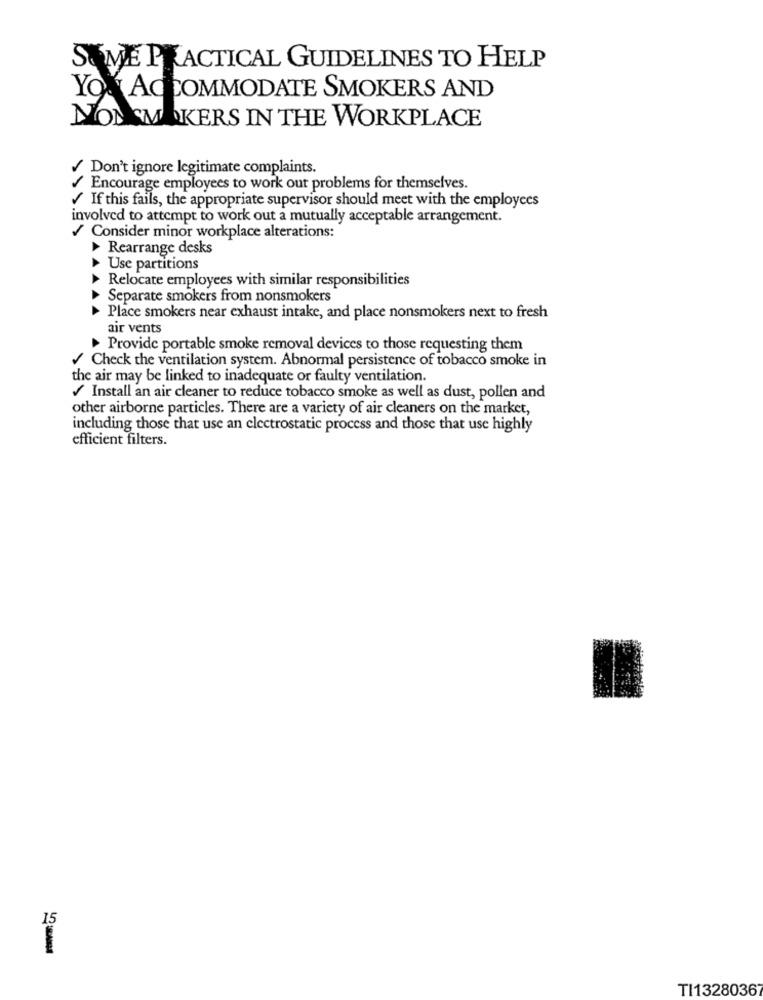
SOME PRACTICAL GUIDELINES TO HELP
YOU ACCOMMODATE SMOKERS AND
NONSMOKERS IN THE WORKPLACE
/ Don't ignore legitimate complaints.
/ Encourage employees to work out problems for themselves.
If this fails, the appropriate supervisor should meet with the employees
involved to attempt to work out a mutually acceptable arrangement.
/ Consider minor workplace alterations:
Rearrange desks
A
Use partitions
Relocate employees with similar responsibilities
Separate smokers from nonsmokers
Place smokers near exhaust intake, and place nonsmokers next to fresh
air vents
Provide portable smoke removal devices to those requesting them
/ Check the ventilation system. Abnormal persistence of tobacco smoke in
the air may be linked to inadequate or faulty ventilation.
/ Install an air cleaner to reduce tobacco smoke as well as dust, pollen and
other airborne particles. There are a variety of air cleaners on the market,
including those that use an electrostatic process and those that use highly
efficient filters.
15
TI13280367